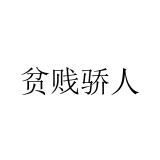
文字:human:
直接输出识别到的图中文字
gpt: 贫贱骄人